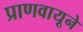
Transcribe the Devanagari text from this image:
प्राणवायूने